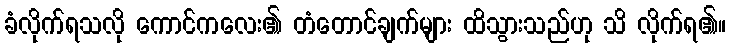
ခံလိုက်ရသလို ကောင်ကလေး၏ တံတောင်ချက်များ ထိသွားသည်ဟု သိ လိုက်ရ၏။